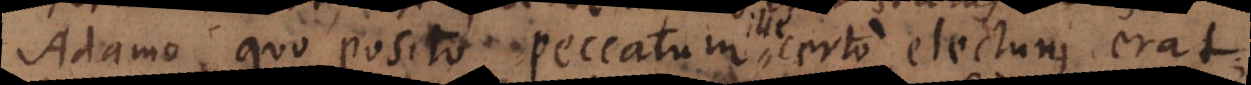
Adamo, quo posito peccatum certo electurus erat